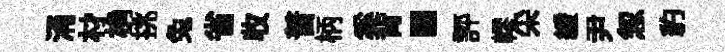
涌材桷挑兔省收普柄奚背園評轇采緩尹怱豹